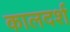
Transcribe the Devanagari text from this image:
कालदर्श